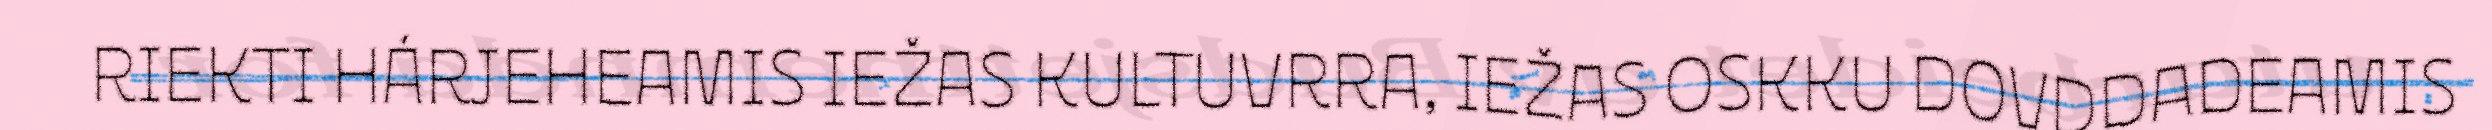
RIEKTI HÁRJEHEAMIS IEŽAS KULTUVRRA, IEŽAS OSKKU DOVDDADEAMIS